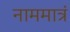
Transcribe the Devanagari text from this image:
नाममात्रं